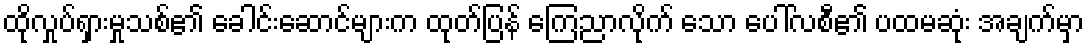
ထိုလှုပ်ရှားမှုသစ်၏ ခေါင်းဆောင်များက ထုတ်ပြန် ကြေညာလိုက် သော ပေါ်လစီ၏ ပထမဆုံး အချက်မှာ